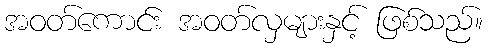
အဝတ်ကောင်း အဝတ်လှများနှင့် ဖြစ်သည်။